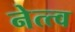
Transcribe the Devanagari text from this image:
नेत्त्व